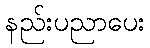
နည်းပညာပေး